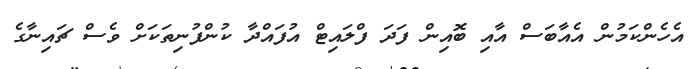
އެހެންކަމުން އެއާބަސް އާއި ބޮއިން ފަދަ ފްލައިޓް އުފައްދާ ކުންފުނިތަކަށް ވެސް ޗައިނާގެ